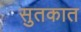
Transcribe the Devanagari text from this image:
सुतकात